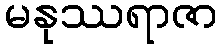
မနုဿရာဇာ